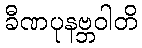
ခီဏပုနဗ္ဘဝါတိ